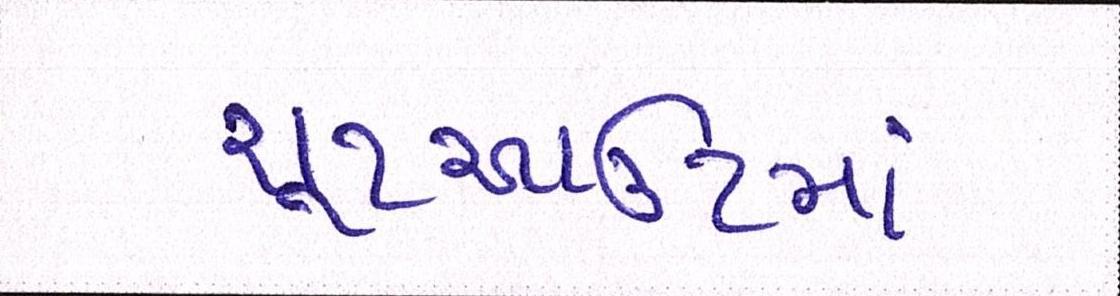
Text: શૂટઆઉટમાં